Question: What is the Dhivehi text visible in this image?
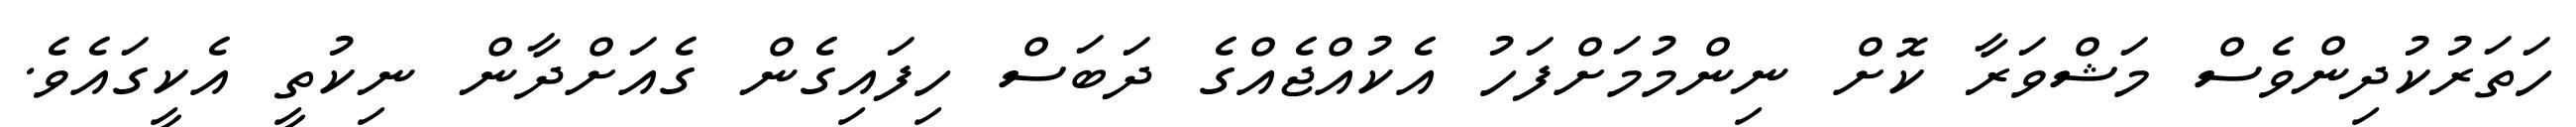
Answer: ހަތަރުކުދިންވެސް މަޝްވަރާ ކޮށް ނިންމުމަށްފަހު އެކުއްޖެއްގެ ދަބަސް ހިފައިގެން ގެއަށްދާން ނިކުތީ އެކީގައެވެ.